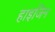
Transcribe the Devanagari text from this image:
हाइजिन